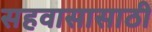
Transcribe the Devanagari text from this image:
सहवासासाठी